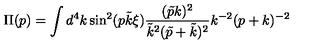
\Pi ( p ) = \int d ^ { 4 } k \sin ^ { 2 } ( p \tilde { k } \xi ) \frac { ( \tilde { p } k ) ^ { 2 } } { \tilde { k } ^ { 2 } ( \tilde { p } + \tilde { k } ) ^ { 2 } } k ^ { - 2 } ( p + k ) ^ { - 2 }